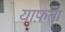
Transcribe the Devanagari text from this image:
याफ़ता